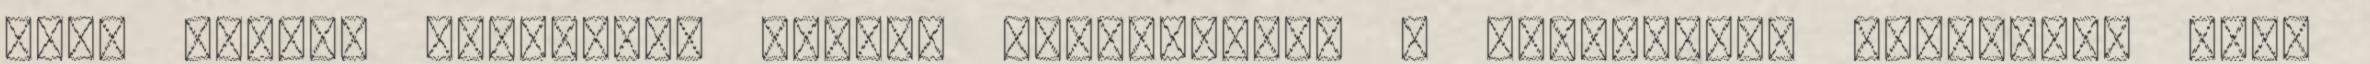
Csak kézzel készített polcok találhatóak a SelgasCano építészei José